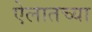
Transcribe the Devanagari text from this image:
ऐलातच्या